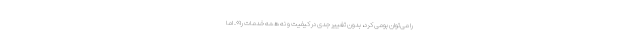
را می‌توان بومی کرد، بدون تغییر جدی در کیفیت و نه همه خدمات را». اما